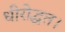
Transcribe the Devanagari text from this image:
धीरोद्धत।